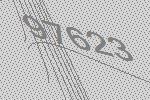
97623